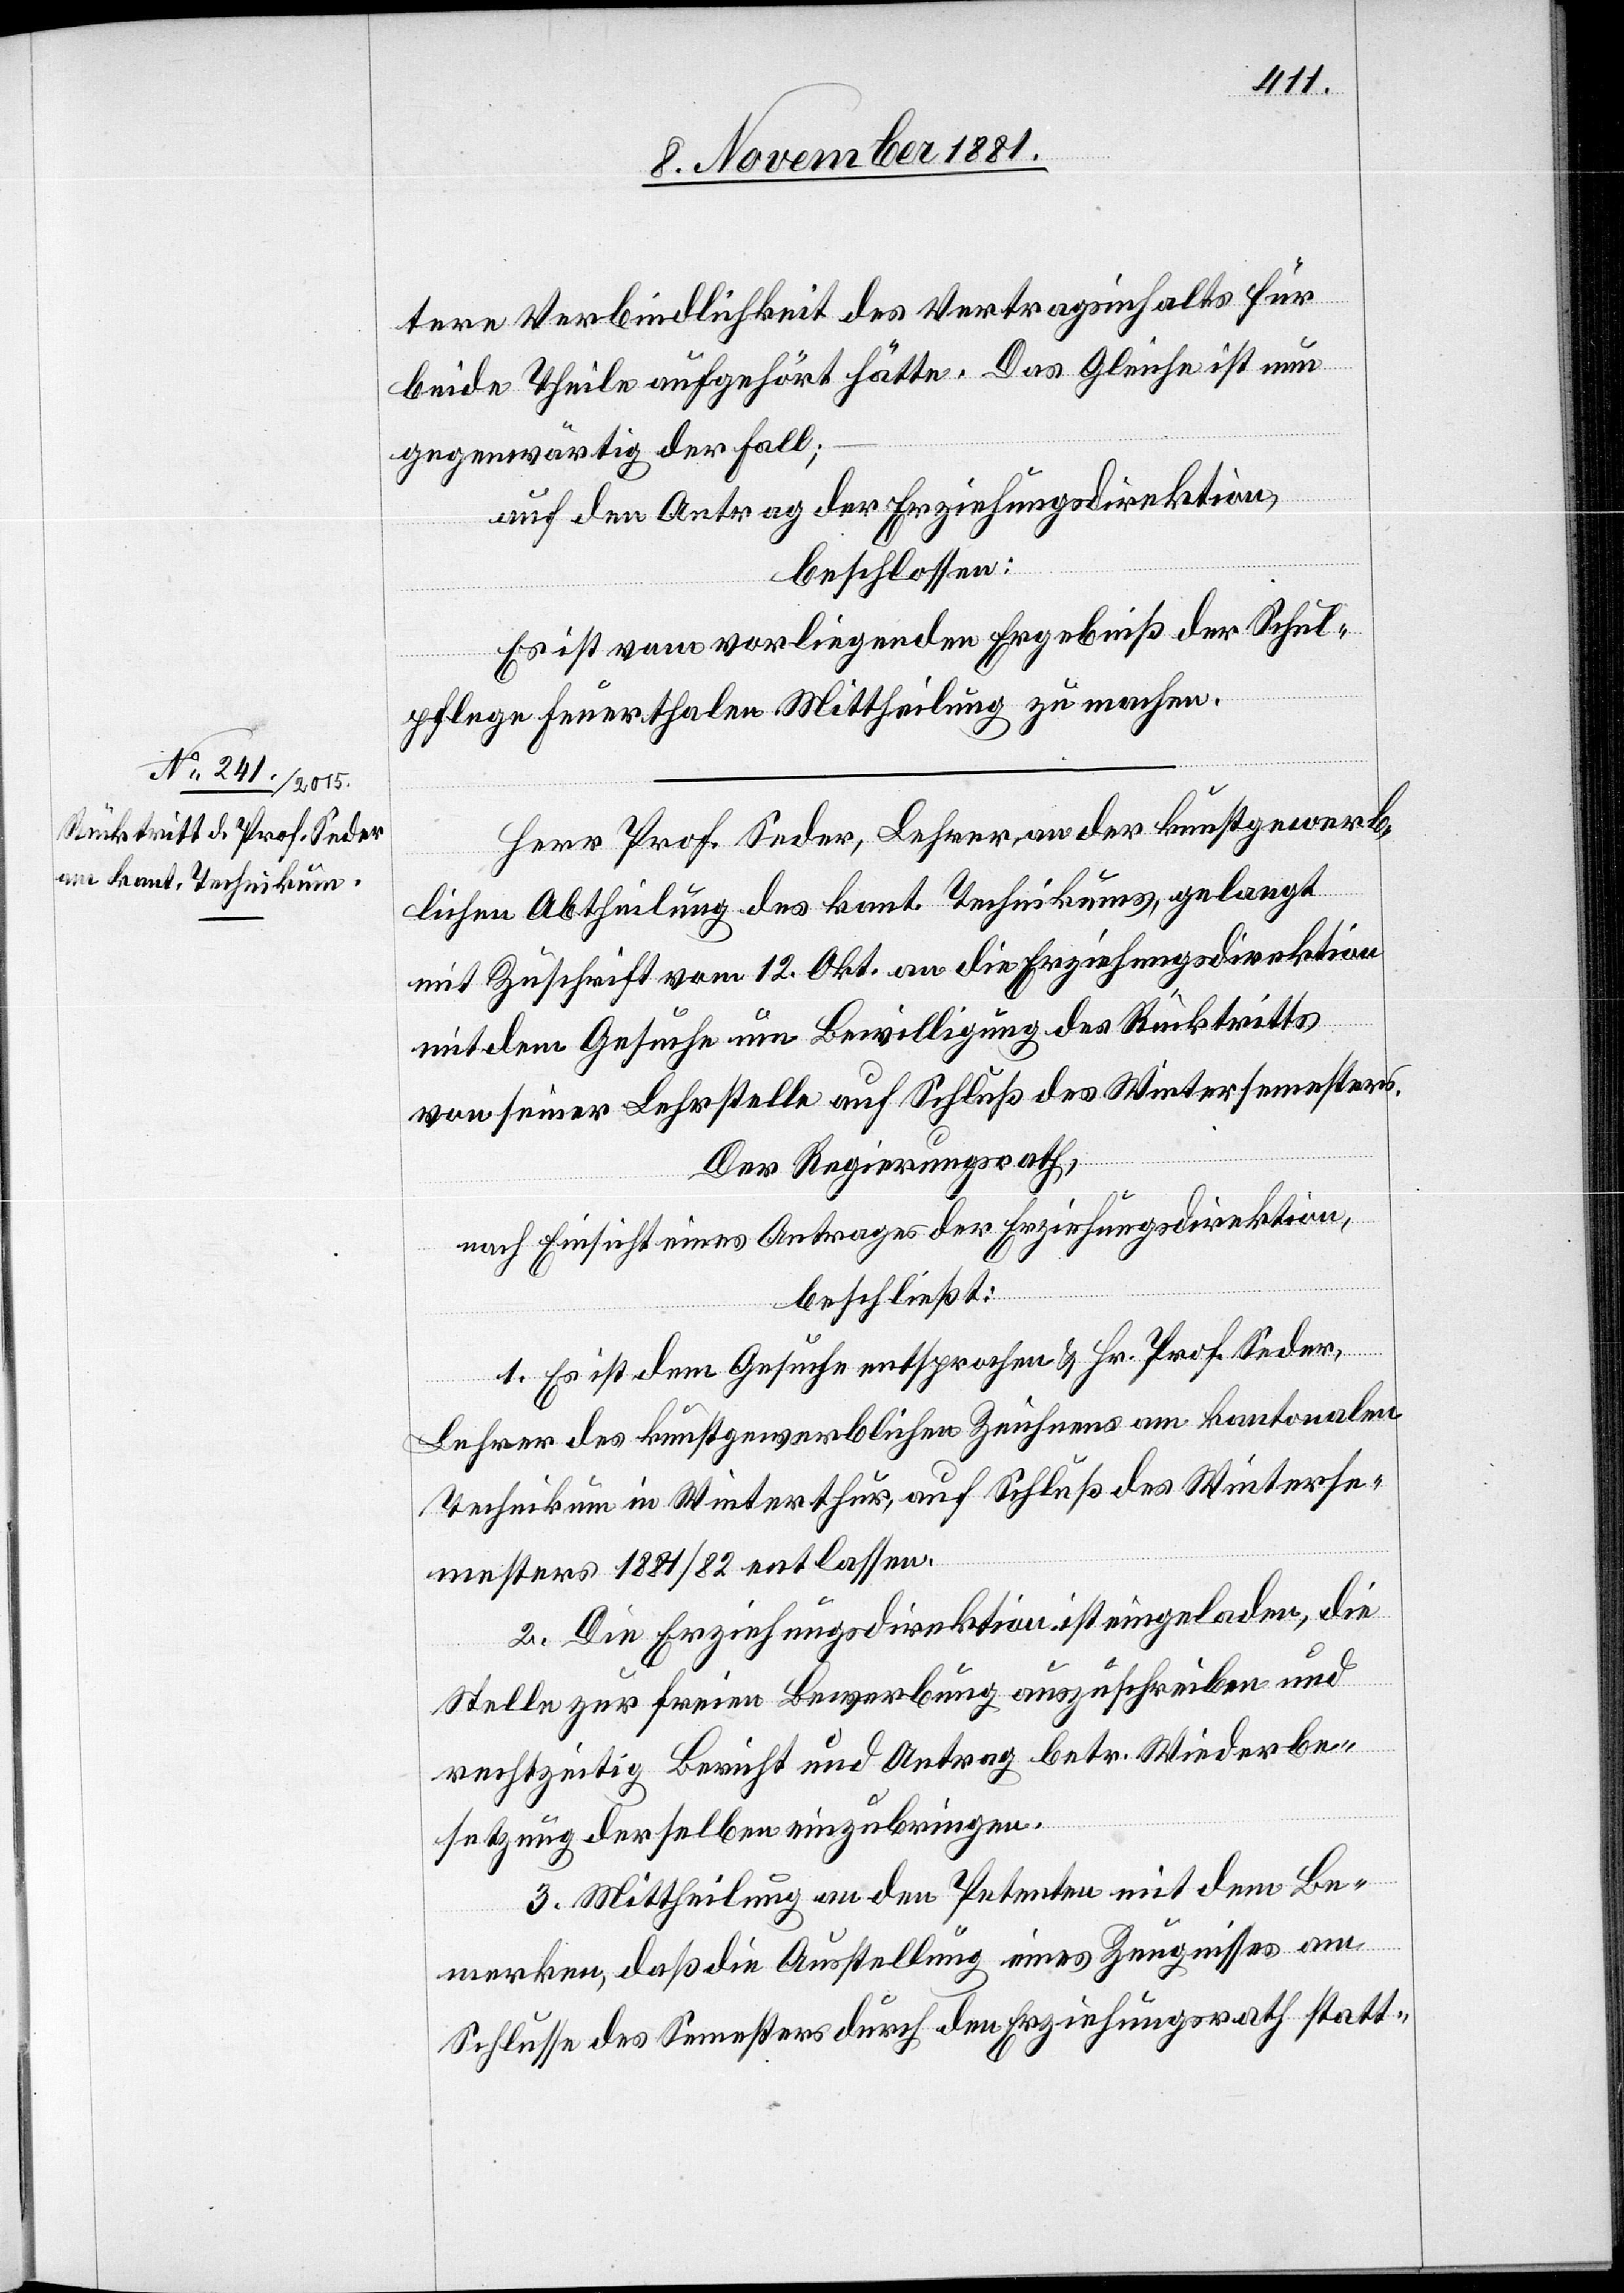
tere Verbindlichkeit des Vertragsinhalts für
beide Theile aufgehört hätte. Das Gleiche ist nun
gegenwärtig der Fall;
auf den Antrag der Erziehungsdirektion,
beschlossen:
Es ist vom vorliegenden Ergebniß der Schul¬
pflege Feuerthalen Mittheilung zu machen.
Herr Prof. Seder, Lehrer an der kunstgewerb¬
lichen Abtheilung des kant. Technikums. gelangt
mit Zuschrift vom 12. Okt. an die Erziehengsdirektion
mit dem Gesuche um Bewilligung des Rücktritts
von seiner Lehrstelle auf Schluß des Wintersemesters.
Der Regierungsrath,
nach Einsicht eines Antrages der Erziehungsdirektion,
beschließt:
1. Es ist dem Gesuche entsprochen & Hr. Prof. Seder,
Lehrer des kunstgewerblichen Zeichnens am kantonalen
Technikum in Winterthur, auf Schluß des Winterse¬
mesters 1881/82 entlassen.
2. Die Erziehungsdirektion ist eingeladen, die
Stelle zur freien Bewerbung auszuschreiben und
rechtzeitig Bericht und Antrag betr. Wiederbe¬
setzung derselben einzubringen.
3. Mittheilung an den Petenten mit dem Be¬
merken, daß die Ausstellung eines Zeugnisses am
Schlusse des Semesters durch den Erziehungsrath statt-